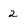
Character: 2